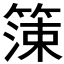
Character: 𱸙